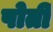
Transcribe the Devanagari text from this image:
पोतीं